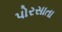
પોરસાતા